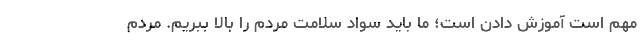
مهم است آموزش دادن است؛ ما باید سواد سلامت مردم را بالا ببریم. مردم